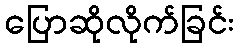
ပြောဆိုလိုက်ခြင်း